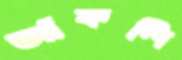
আঁকলি